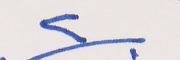
٢